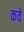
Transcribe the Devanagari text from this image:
कवे